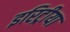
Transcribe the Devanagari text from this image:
इरिट्रीया